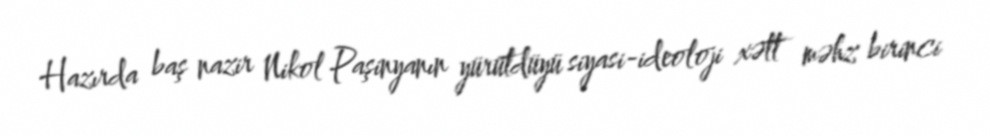
Hazırda baş nazir Nikol Paşinyanın yürütdüyü siyasi-ideoloji xətt məhz birinci